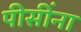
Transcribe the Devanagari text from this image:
पीसींना